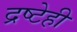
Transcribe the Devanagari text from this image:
द्रष्टेही